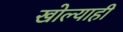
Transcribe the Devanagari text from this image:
खोल्याही